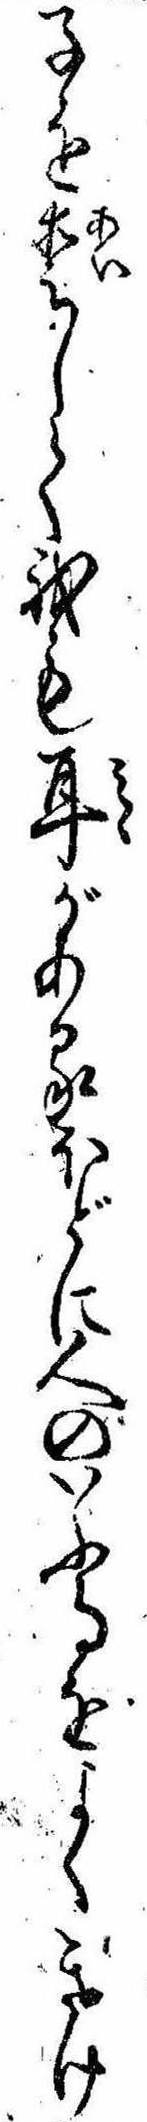
子を愛して我も耳があるほどに人のいふ事をよくきけ